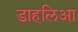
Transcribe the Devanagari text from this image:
डाहलिआ